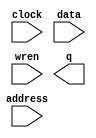
// megafunction wizard: %RAM: 1-PORT%VBB%
// GENERATION: STANDARD
// VERSION: WM1.0
// MODULE: altsyncram 

// ============================================================
// Megafunction Name(s):
// 			altsyncram
//
// Simulation Library Files(s):
// 			altera_mf
// ============================================================
// ************************************************************
// THIS IS A WIZARD-GENERATED FILE. DO NOT EDIT THIS FILE!
//
// 11.1 Build 259 01/25/2012 SP 2.11 SJ Web Edition
// ************************************************************

//Copyright (C) 1991-2011 Altera Corporation
//Your use of Altera Corporation's design tools, logic functions 
//and other software and tools, and its AMPP partner logic 
//functions, and any output files from any of the foregoing 
//(including device programming or simulation files), and any 
//associated documentation or information are expressly subject 
//to the terms and conditions of the Altera Program License 
//Subscription Agreement, Altera MegaCore Function License 
//Agreement, or other applicable license agreement, including, 
//without limitation, that your use is for the sole purpose of 
//programming logic devices manufactured by Altera and sold by 
//Altera or its authorized distributors.  Please refer to the 
//applicable agreement for further details.

module TotalRoundNum2 (
	address,
	clock,
	data,
	wren,
	q);

	input	[7:0]  address;
	input	  clock;
	input	[2:0]  data;
	input	  wren;
	output	[2:0]  q;
`ifndef ALTERA_RESERVED_QIS
// synopsys translate_off
`endif
	tri1	  clock;
`ifndef ALTERA_RESERVED_QIS
// synopsys translate_on
`endif

endmodule

// ============================================================
// CNX file retrieval info
// ============================================================
// Retrieval info: PRIVATE: ADDRESSSTALL_A NUMERIC "0"
// Retrieval info: PRIVATE: AclrAddr NUMERIC "0"
// Retrieval info: PRIVATE: AclrByte NUMERIC "0"
// Retrieval info: PRIVATE: AclrData NUMERIC "0"
// Retrieval info: PRIVATE: AclrOutput NUMERIC "0"
// Retrieval info: PRIVATE: BYTE_ENABLE NUMERIC "0"
// Retrieval info: PRIVATE: BYTE_SIZE NUMERIC "8"
// Retrieval info: PRIVATE: BlankMemory NUMERIC "0"
// Retrieval info: PRIVATE: CLOCK_ENABLE_INPUT_A NUMERIC "0"
// Retrieval info: PRIVATE: CLOCK_ENABLE_OUTPUT_A NUMERIC "0"
// Retrieval info: PRIVATE: Clken NUMERIC "0"
// Retrieval info: PRIVATE: DataBusSeparated NUMERIC "1"
// Retrieval info: PRIVATE: IMPLEMENT_IN_LES NUMERIC "0"
// Retrieval info: PRIVATE: INIT_FILE_LAYOUT STRING "PORT_A"
// Retrieval info: PRIVATE: INIT_TO_SIM_X NUMERIC "0"
// Retrieval info: PRIVATE: INTENDED_DEVICE_FAMILY STRING "Cyclone II"
// Retrieval info: PRIVATE: JTAG_ENABLED NUMERIC "0"
// Retrieval info: PRIVATE: JTAG_ID STRING "NONE"
// Retrieval info: PRIVATE: MAXIMUM_DEPTH NUMERIC "0"
// Retrieval info: PRIVATE: MIFfilename STRING "Z:/Desktop/Animation part3 Nov 27, 2014 v.1/round_two.mif"
// Retrieval info: PRIVATE: NUMWORDS_A NUMERIC "256"
// Retrieval info: PRIVATE: RAM_BLOCK_TYPE NUMERIC "0"
// Retrieval info: PRIVATE: READ_DURING_WRITE_MODE_PORT_A NUMERIC "3"
// Retrieval info: PRIVATE: RegAddr NUMERIC "1"
// Retrieval info: PRIVATE: RegData NUMERIC "1"
// Retrieval info: PRIVATE: RegOutput NUMERIC "0"
// Retrieval info: PRIVATE: SYNTH_WRAPPER_GEN_POSTFIX STRING "0"
// Retrieval info: PRIVATE: SingleClock NUMERIC "1"
// Retrieval info: PRIVATE: UseDQRAM NUMERIC "1"
// Retrieval info: PRIVATE: WRCONTROL_ACLR_A NUMERIC "0"
// Retrieval info: PRIVATE: WidthAddr NUMERIC "8"
// Retrieval info: PRIVATE: WidthData NUMERIC "3"
// Retrieval info: PRIVATE: rden NUMERIC "0"
// Retrieval info: LIBRARY: altera_mf altera_mf.altera_mf_components.all
// Retrieval info: CONSTANT: CLOCK_ENABLE_INPUT_A STRING "BYPASS"
// Retrieval info: CONSTANT: CLOCK_ENABLE_OUTPUT_A STRING "BYPASS"
// Retrieval info: CONSTANT: INIT_FILE STRING "Z:/Desktop/Animation part3 Nov 27, 2014 v.1/round_two.mif"
// Retrieval info: CONSTANT: INTENDED_DEVICE_FAMILY STRING "Cyclone II"
// Retrieval info: CONSTANT: LPM_HINT STRING "ENABLE_RUNTIME_MOD=NO"
// Retrieval info: CONSTANT: LPM_TYPE STRING "altsyncram"
// Retrieval info: CONSTANT: NUMWORDS_A NUMERIC "256"
// Retrieval info: CONSTANT: OPERATION_MODE STRING "SINGLE_PORT"
// Retrieval info: CONSTANT: OUTDATA_ACLR_A STRING "NONE"
// Retrieval info: CONSTANT: OUTDATA_REG_A STRING "UNREGISTERED"
// Retrieval info: CONSTANT: POWER_UP_UNINITIALIZED STRING "FALSE"
// Retrieval info: CONSTANT: WIDTHAD_A NUMERIC "8"
// Retrieval info: CONSTANT: WIDTH_A NUMERIC "3"
// Retrieval info: CONSTANT: WIDTH_BYTEENA_A NUMERIC "1"
// Retrieval info: USED_PORT: address 0 0 8 0 INPUT NODEFVAL "address[7..0]"
// Retrieval info: USED_PORT: clock 0 0 0 0 INPUT VCC "clock"
// Retrieval info: USED_PORT: data 0 0 3 0 INPUT NODEFVAL "data[2..0]"
// Retrieval info: USED_PORT: q 0 0 3 0 OUTPUT NODEFVAL "q[2..0]"
// Retrieval info: USED_PORT: wren 0 0 0 0 INPUT NODEFVAL "wren"
// Retrieval info: CONNECT: @address_a 0 0 8 0 address 0 0 8 0
// Retrieval info: CONNECT: @clock0 0 0 0 0 clock 0 0 0 0
// Retrieval info: CONNECT: @data_a 0 0 3 0 data 0 0 3 0
// Retrieval info: CONNECT: @wren_a 0 0 0 0 wren 0 0 0 0
// Retrieval info: CONNECT: q 0 0 3 0 @q_a 0 0 3 0
// Retrieval info: GEN_FILE: TYPE_NORMAL TotalRoundNum2.v TRUE
// Retrieval info: GEN_FILE: TYPE_NORMAL TotalRoundNum2.inc FALSE
// Retrieval info: GEN_FILE: TYPE_NORMAL TotalRoundNum2.cmp FALSE
// Retrieval info: GEN_FILE: TYPE_NORMAL TotalRoundNum2.bsf FALSE
// Retrieval info: GEN_FILE: TYPE_NORMAL TotalRoundNum2_inst.v TRUE
// Retrieval info: GEN_FILE: TYPE_NORMAL TotalRoundNum2_bb.v TRUE
// Retrieval info: LIB_FILE: altera_mf